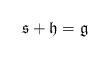
LaTeX: \begin{align*} {\mathfrak s} + {\mathfrak h} = {\mathfrak g}\end{align*}